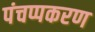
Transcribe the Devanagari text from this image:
पंचप्पकरण